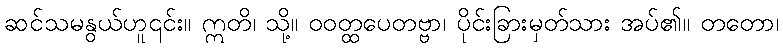
ဆင်သမနွယ်ဟူ၎င်း။ ဣတိ၊ သို့။ ဝဝတ္ထပေတဗ္ဗာ၊ ပိုင်းခြားမှတ်သား အပ်၏။ တတော၊